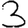
Digit: 3